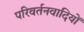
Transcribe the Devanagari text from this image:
परिवर्तनवादियों